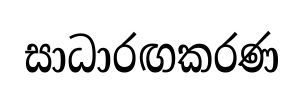
සාධාරඟකරණ